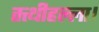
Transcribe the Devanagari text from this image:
तत्थीहल्ला।